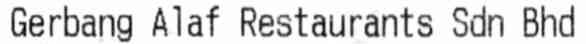
GERBANG ALAF RESTAURANTS SDN BHD